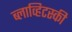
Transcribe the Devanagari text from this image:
ब्लाव्हिटस्‍की